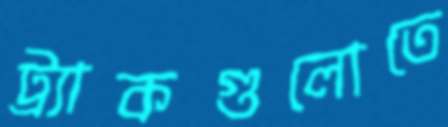
ট্র্যাকগুলোতে